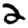
Digit: 2